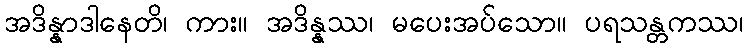
အဒိန္နာဒါနေတိ၊ ကား။ အဒိန္နဿ၊ မပေးအပ်သော။ ပရသန္တကဿ၊